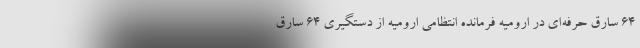
۶۴ سارق حرفه‌ای در ارومیه فرمانده انتظامی ارومیه از دستگیری ۶۴ سارق